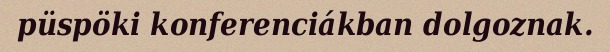
püspöki konferenciákban dolgoznak.